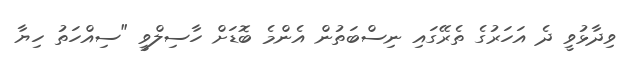
ވިދާޅުވީ ދެ އަހަރުގެ ތެރޭގައި ނިސްބަތުން އެންމެ ބޮޑަށް ހާސިލްވީ "ސިއްހަތު ހިޔާ